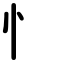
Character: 憒